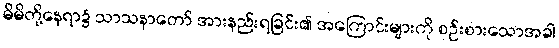
မိမိတို့နေရာ၌ သာသနာတော် အားနည်းရခြင်း၏ အကြောင်းများကို စဉ်းစားသောအခါ